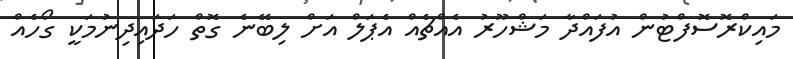
މައިކްރޮސޮފްޓުން އުފައްދާ މަޝްހޫރު އެއްޗެއް އެޕަލް އަށް ލިބޭނެ ގޮތް ހަދައިދިނުމަކީ ގޯހެއް